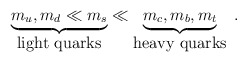
\begin{align*}\underbrace{m_u , m_d \ll m_s}_{\mbox{light quarks}} \ll \underbrace{m_c, m_b, m_t}_{\mbox{heavy quarks}} \; .\end{align*}